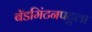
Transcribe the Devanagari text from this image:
बॅडमिंटनपटूला